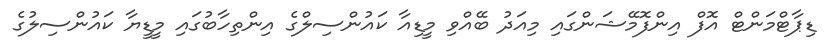
ޑިޕާޓްމަންޓް އޮފް އިންފޮމޭޝަންގައި މިއަދު ބޭއްވި މީޑިއާ ކައުންސިލްގެ އިންތިހާބުގައި މީޑީޔާ ކައުންސިލުގެ